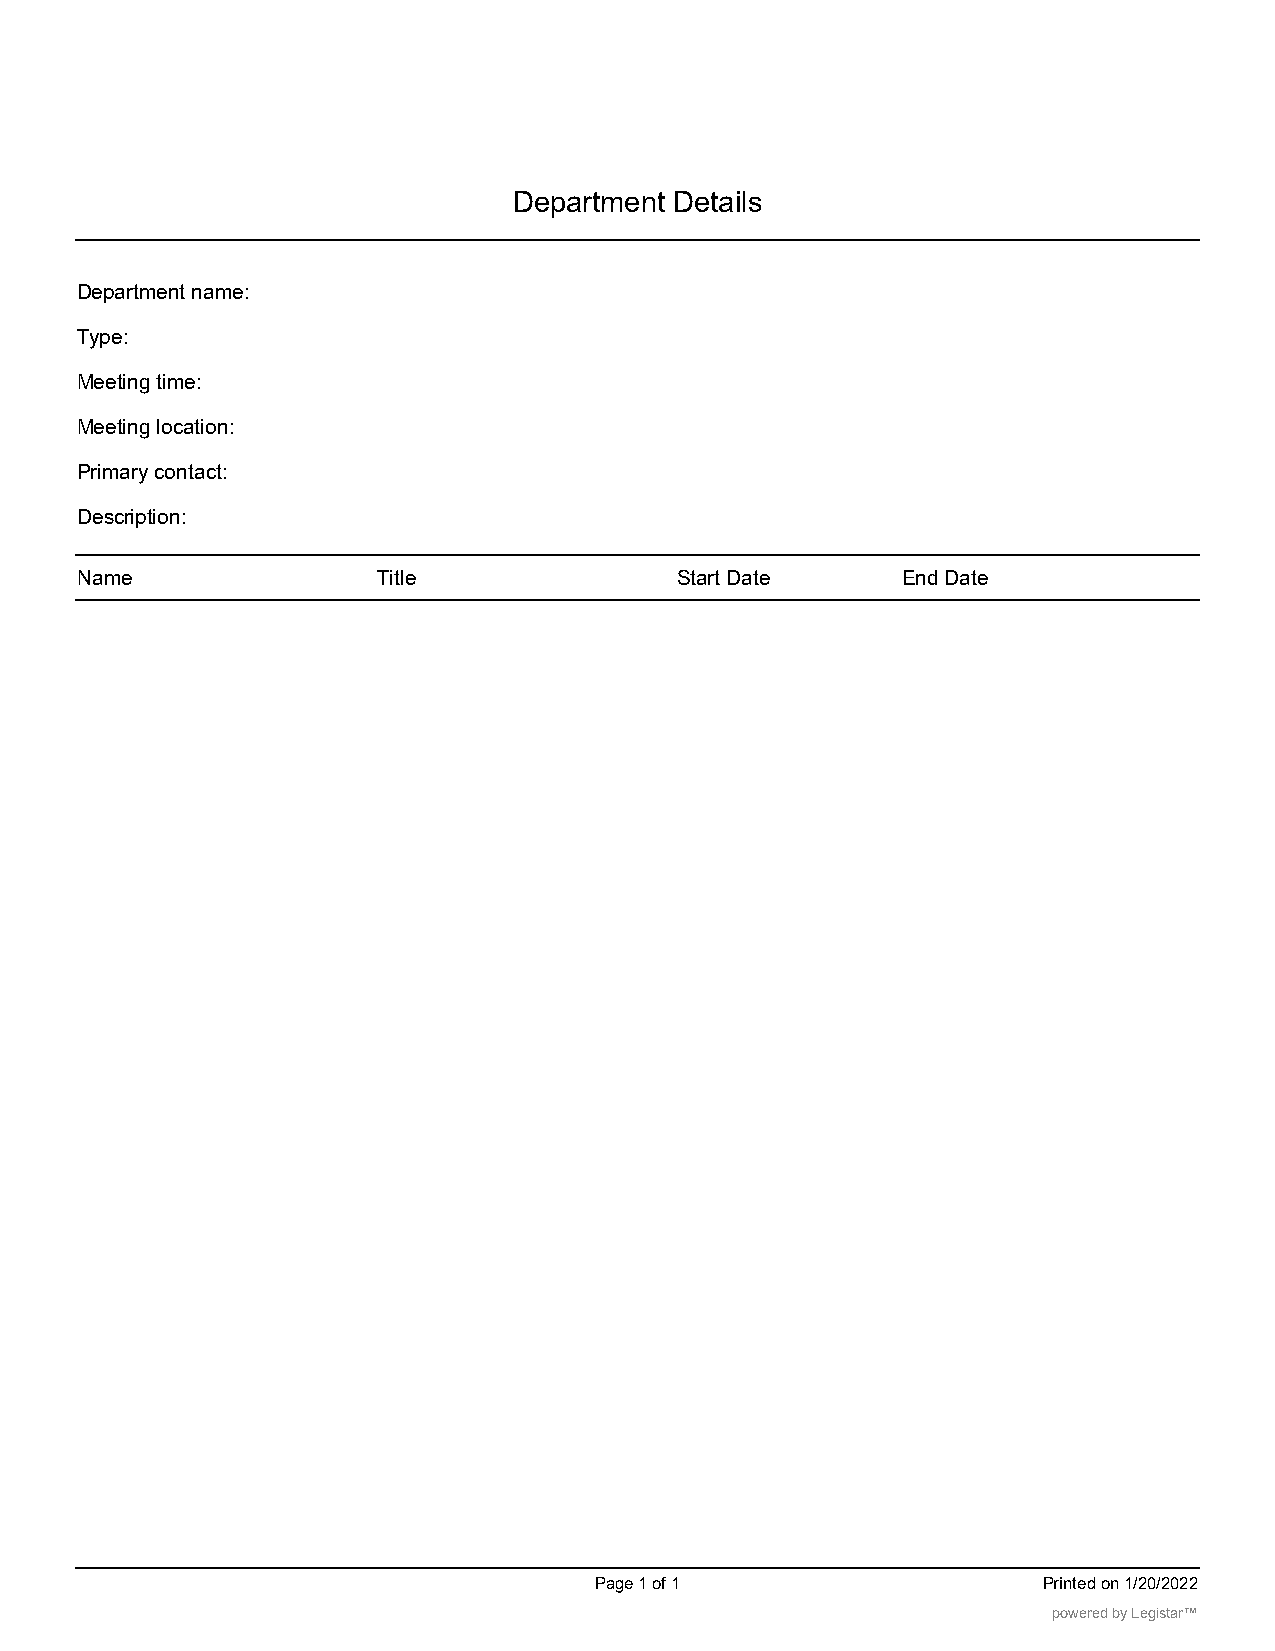
Department Details
 Department name:
 Type:
 Meeting time:
 Meeting location:
 Primary contact:
 Description:
 Name                Title               Start Date     End Date
 Page 1 of 1                   Printed on 1/20/2022
 powered by Legistar™